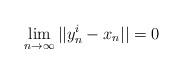
LaTeX: \begin{align*}\lim\limits_{n\to\infty}||y_n^{i}-x_n||=0\end{align*}